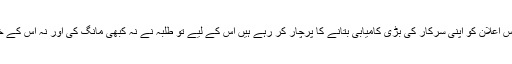
اس کے علاوہ حکومتی ترجمان جس اعلان کو اپنی سرکار کی بڑی کامیابی بتانے کا پرچار کر رہے ہیں اس کے لیے تو طلبہ نے نہ کبھی مانگ کی اور نہ اس کے خلاف کبھی اعتراض درج کرایاتھا۔